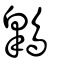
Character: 鷱